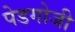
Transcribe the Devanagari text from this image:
पेडगोजी